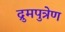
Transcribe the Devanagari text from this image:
द्रुमपुत्रेण